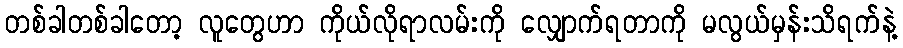
တစ်ခါတစ်ခါတော့ လူတွေဟာ ကိုယ်လိုရာလမ်းကို လျှောက်ရတာကို မလွယ်မှန်းသိရက်နဲ့